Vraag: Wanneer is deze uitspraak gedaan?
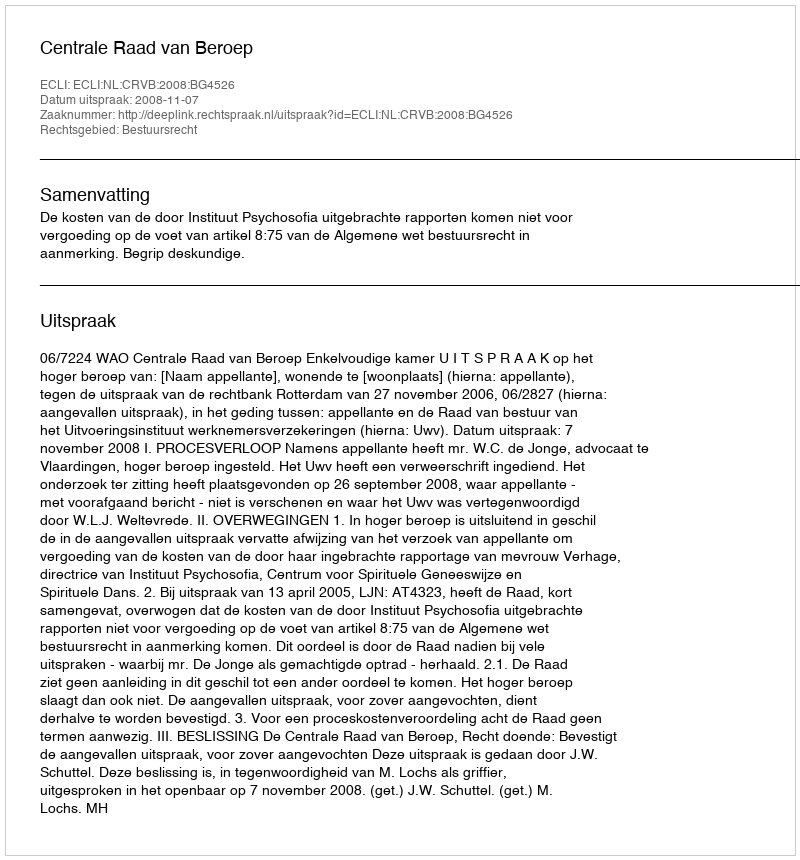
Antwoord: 2008-11-07